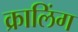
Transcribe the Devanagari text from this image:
क्रालिंग